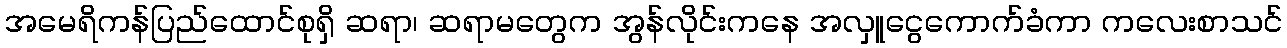
အမေရိကန်ပြည်ထောင်စုရှိ ဆရာ၊ ဆရာမတွေက အွန်လိုင်းကနေ အလှူငွေကောက်ခံကာ ကလေးစာသင်